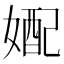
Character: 𫱓